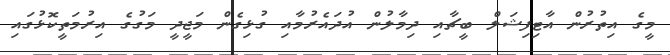
މީގެ އިތުރުން އާޓިފިޝަލް ބީޗާއި ދިމާލުން އުދައެރުމާއި ގުޅިގެން މަޖީދީ މަގުގެ އިރުމަތީކޮޅުގައި